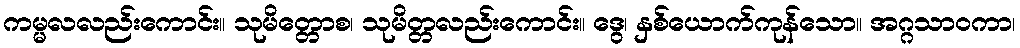
ကမ္မလလည်းကောင်း။ သုမိတ္တောစ၊ သုမိတ္တလည်းကောင်း။ ဒွေ၊ နှစ်ယောက်ကုန်သော။ အဂ္ဂသာဝကာ၊